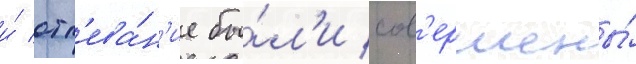
и́ отп'ева́н'ие бы́л'и сов'ершены́